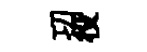
㓛役